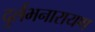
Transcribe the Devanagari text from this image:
दुर्लभनारायण